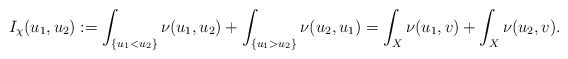
\begin{align*} I_\chi(u_1,u_2) &:= \int_{\{u_1< u_2\}} \nu(u_1,u_2)+\int_{\{u_1> u_2\}} \nu(u_2,u_1) = \int_X \nu(u_1,v) + \int_X \nu(u_2,v).\end{align*}